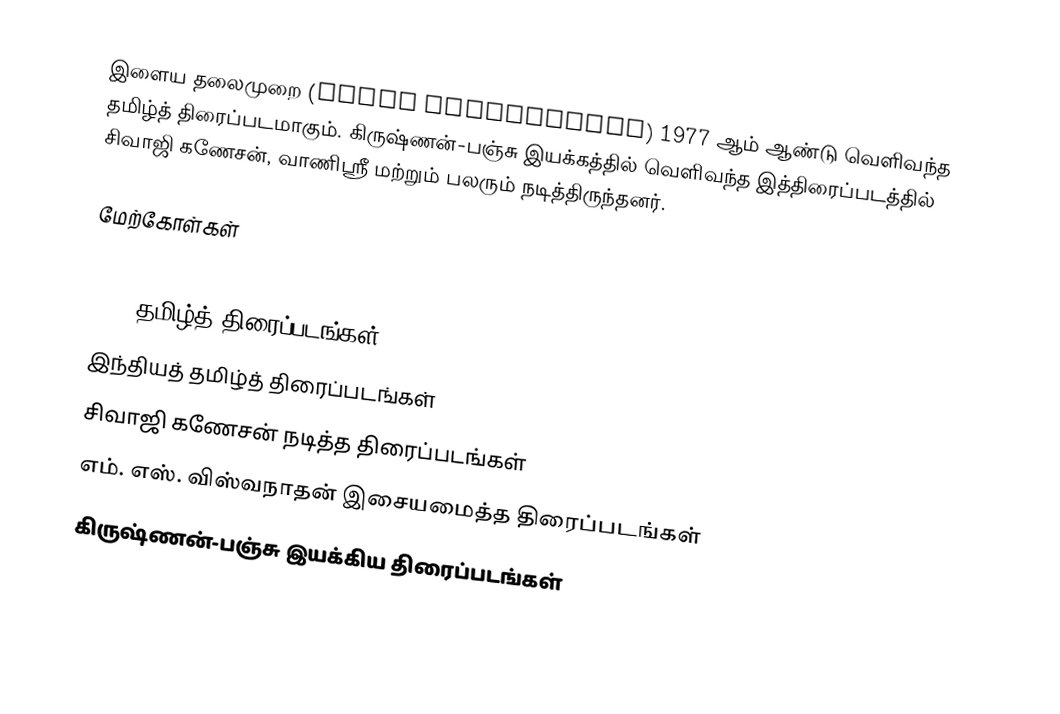
இளைய தலைமுறை (Ilaya Thalaimurai) 1977 ஆம் ஆண்டு வெளிவந்த தமிழ்த் திரைப்படமாகும். கிருஷ்ணன்-பஞ்சு இயக்கத்தில் வெளிவந்த இத்திரைப்படத்தில் சிவாஜி கணேசன், வாணிஸ்ரீ மற்றும் பலரும் நடித்திருந்தனர்.

மேற்கோள்கள்

1977 தமிழ்த் திரைப்படங்கள்
இந்தியத் தமிழ்த் திரைப்படங்கள்
சிவாஜி கணேசன் நடித்த திரைப்படங்கள்
எம். எஸ். விஸ்வநாதன் இசையமைத்த திரைப்படங்கள்
கிருஷ்ணன்-பஞ்சு இயக்கிய திரைப்படங்கள்